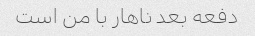
دفعه بعد ناهار با من است